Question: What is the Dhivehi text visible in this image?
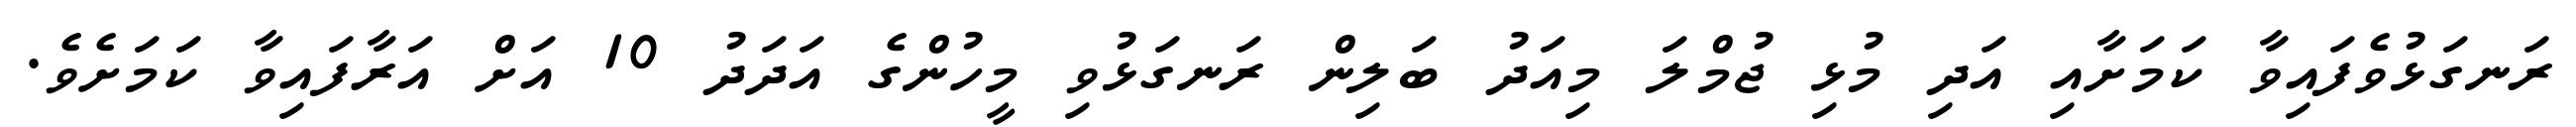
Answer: ރަނގަޅުވެފައިވާ ކަމަށާއި އަދި މުޅި ޖުމްލަ މިއަދު ބަލިން ރަނގަޅުވި މީހުންގެ އަދަދު 10 އަށް އަރާފައިވާ ކަމަށެވެ.